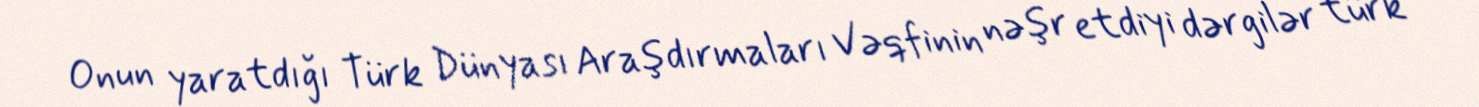
Onun yaratdığı Türk Dünyası Araşdırmaları Vəqfinin nəşr etdiyi dərgilər türk